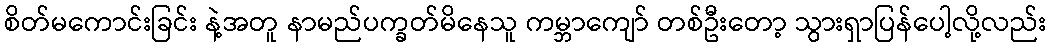
စိတ်မကောင်းခြင်း နဲ့အတူ နာမည်ပက္ခတ်မိနေသူ ကမ္ဘာကျော် တစ်ဦးတော့ သွားရှာပြန်ပေါ့လို့လည်း